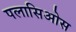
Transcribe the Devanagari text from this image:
पलासिओस